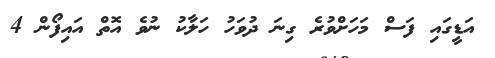
އަޑީގައި ފަސް މަހަށްވުރެ ގިނަ ދުވަހު ހަލާކު ނުވެ އޮތް އައިފޯން 4